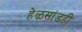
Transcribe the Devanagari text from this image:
हेळसांडही